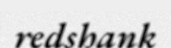
redshank